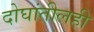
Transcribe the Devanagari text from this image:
दोघांतीलही